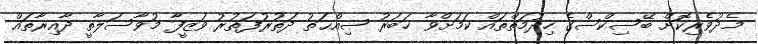
މެދުވެރިކޮށް ބޭސިކްސްގެ ހިދުމަތްތައް ކަމަށްވާ ޚަބަރު ޞިއްޙަތު ދަތުރުފަތުރު ވަޒީފާ މުވާސަލާތީ ދާއިރާތައް